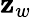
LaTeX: \mathbf{z}_{w}